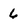
Character: 6